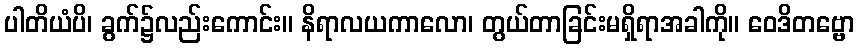
ပါတိယံပိ၊ ခွက်၌လည်းကောင်း။ နိရာလယကာလော၊ တွယ်တာခြင်းမရှိရာအခါကို။ ဝေဒိတဗ္ဗော